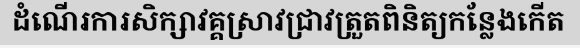
ដំណើរការសិក្សាវគ្គស្រាវជ្រាវត្រួតពិនិត្យកន្លែងកើត